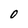
Character: 0